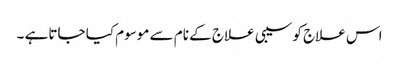
اس علاج کو سیبی علاج کے نام سے موسوم کیا جاتاہے ۔